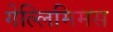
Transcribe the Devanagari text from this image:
गेल्‍लिमिमस